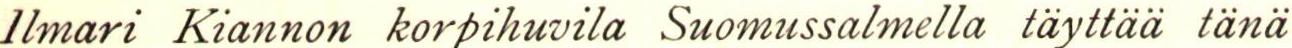
llmari Kiannon korpihuvila Suomussalmella täyttää tänä